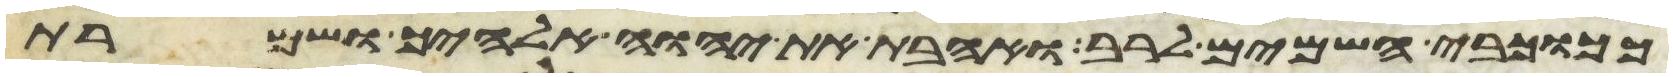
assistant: ככוכבי השמים לרב ואהבת את יהוה אלהיך ושמרת